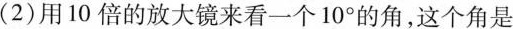
(2)用10倍的放大镜来看一个10°的角，这个角是